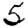
Digit: 5